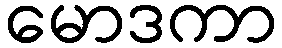
မောဒကာ